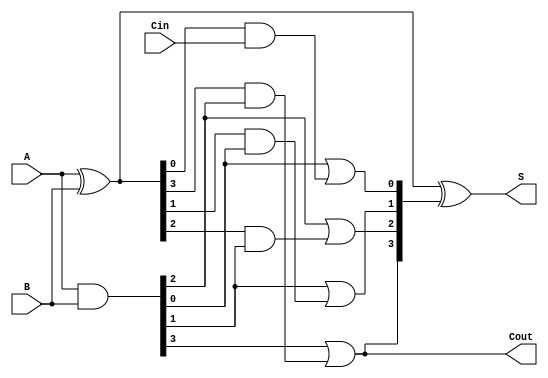
module SklanskyAdder #(parameter n = 4) (
    input [n-1:0] A,      // First n-bit input
    input [n-1:0] B,      // Second n-bit input
    input Cin,            // Carry-in
    output [n-1:0] S,     // n-bit sum output
    output Cout           // Carry-out
);

    // Generate and Propagate signals
    wire [n-1:0] G; // Generate signals
    wire [n-1:0] P; // Propagate signals
    wire [n:0] C;   // Carry signals (C[0] = Cin)

    // Generate and Propagate calculations
    assign G = A & B;         // G[i] = A[i] AND B[i]
    assign P = A ^ B;         // P[i] = A[i] XOR B[i]

    // Carry signal calculations
    assign C[0] = Cin;        // C[0] = Cin

    genvar i;
    generate
        for (i = 0; i < n; i = i + 1) begin : carry_calc
            if (i == 0) begin
                assign C[i+1] = G[i] | (P[i] & C[i]); // C[1] calculation
            end else begin
                assign C[i+1] = G[i] | (P[i] & G[i-1]); // C[i+1] calculation
            end
        end
    endgenerate

    // Sum calculation
    assign S = P ^ C[n:1]; // S[i] = P[i] XOR C[i]

    // Final carry-out
    assign Cout = C[n]; // Cout is the last carry signal

endmodule